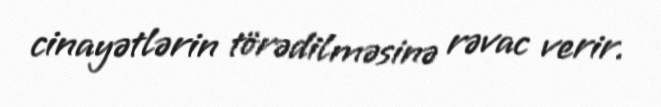
cinayətlərin törədilməsinə rəvac verir.